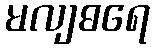
မလျဓရေ